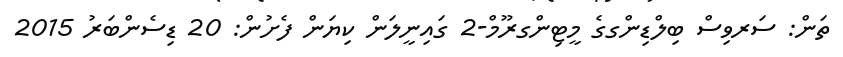
ތަން: ސަރވިސް ބިލްޑިންގގެ މީޓިންގރޫމް-2 ގައިނީލަން ކިޔަން ފެށުން: 20 ޑިސެންބަރު 2015